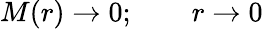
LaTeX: M(r)\rightarrow 0;\qquad r\rightarrow 0